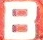
B